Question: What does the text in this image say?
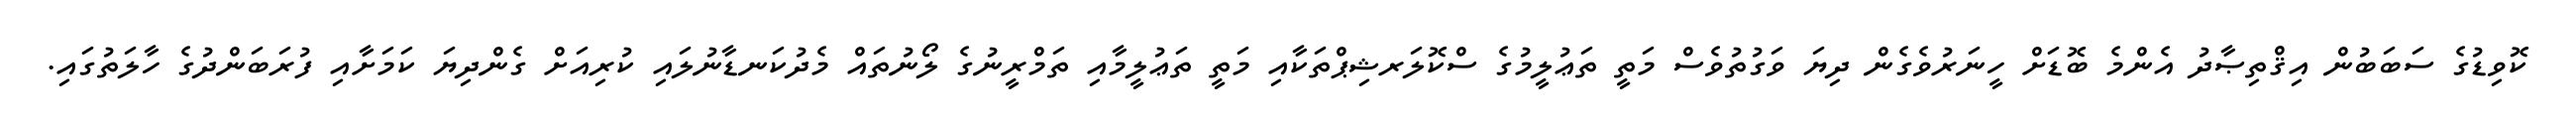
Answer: ކޮވިޑުގެ ސަބަބުން އިޤްތިޞާދު އެންމެ ބޮޑަށް ހީނަރުވެގެން ދިޔަ ވަގުތުވެސް މަތީ ތަޢުލީމުގެ ސްކޮލަރޝިޕްތަކާއި މަތީ ތަޢުލީމާއި ތަމްރީނުގެ ލޯނުތައް މެދުކަނޑާނުލައި ކުރިއަށް ގެންދިޔަ ކަމަށާއި ފުރަބަންދުގެ ހާލަތުގައި.